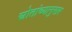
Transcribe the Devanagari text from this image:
स्रोतांच्‍यानुसार